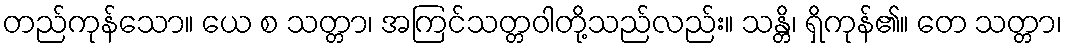
တည်ကုန်သော။ ယေ စ သတ္တာ၊ အကြင်သတ္တဝါတို့သည်လည်း။ သန္တိ၊ ရှိကုန်၏။ တေ သတ္တာ၊